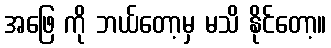
အဖြေ ကို ဘယ်တော့မှ မသိ နိုင်တော့။